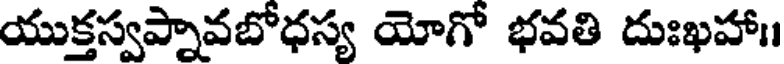
యుక్తస్వప్నావబోధస్య యోగో భవతి దుఃఖహా॥